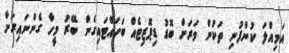
އަމިއްލަ ކުންފުނި ތަކުން ވަރަށް ބޮޑު ޑިޕޮޒިޓެއް ބަހައްޓައިގެން ބޭރު މީހާ ގެންނައިރަށް